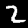
Label: 2